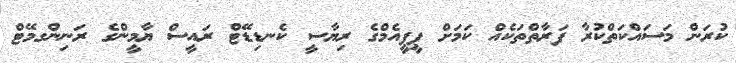
ކުރަން މަސައްކަތްކުރާ ފަރާތްތަކެއް ކަމަށް ޕީޕީއެމްގެ ރިޔާސީ ކެނޑިޑޭޓް ރައީސް ޔާމީންގެ ރަނިންގމޭޓް